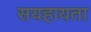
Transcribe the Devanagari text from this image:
सयहायता